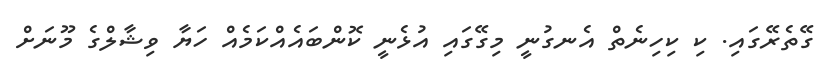
ގޭތެރޭގައި. ކި ކިހިނެތް އެނގުނީ މިގޭގައި އުޅެނީ ކޮންބައެއްކަމެއް ހަޔާ ވިޝާލްގެ މޫނަށް